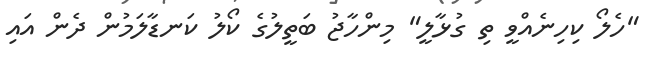
"ހެލޯ ކިހިނެއްވީ ތި ގުޅާލީ" މިންހާޖު ބަތީލުގެ ކޯލު ކަނޑާލަމުން ދެން އައި